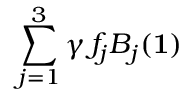
\sum _ { j = 1 } ^ { 3 } \gamma \, f _ { j } B _ { j } ( \mathbf { 1 } )